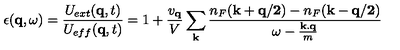
\epsilon ( { \bf { q } } , \omega ) = \frac { U _ { e x t } ( { \bf { q } } , t ) } { U _ { e f f } ( { \bf { q } } , t ) } = 1 + \frac { v _ { { \bf { q } } } } { V } \sum _ { { \bf { k } } } \frac { n _ { F } ( { \bf { k + q / 2 } } ) - n _ { F } ( { \bf { k - q / 2 } } ) } { \omega - \frac { { \bf { k . q } } } { m } }